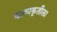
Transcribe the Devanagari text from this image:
काव्यकृतीला